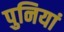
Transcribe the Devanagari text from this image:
पुनियां